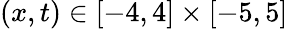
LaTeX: (x,t)\in[-4,4]\times[-5,5]